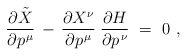
\begin{align*} \frac{\partial \tilde{X}}{\partial p\>\!^\mu} \, - \, \frac{\partial X^\nu}{\partial p\>\!^\mu} \; \frac{\partial H}{\partial p\>\!^\nu}~=~0~, \end{align*}